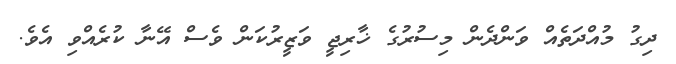
ދިގު މުއްދަތެއް ވަންދެން މިސުރުގެ ޚާރިޖީ ވަޒީރުކަން ވެސް އޭނާ ކުރެއްވި އެވެ.